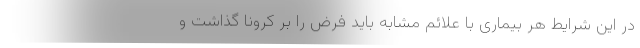
در این شرایط هر بیماری با علائم مشابه باید فرض را بر کرونا گذاشت و